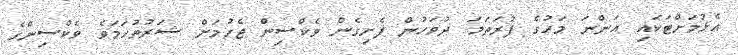
އެޅުމަށްޓަކައި އަންނަ މަހުގެ ފުރަތަމަ ދުވަހުން ފެށިގެން ވެކްސިން ޖެހުމަށް ޝަރުތުހަމަވެ ވެކްސިންގެ